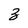
Character: 3